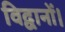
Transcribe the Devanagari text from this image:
विद्वानों।